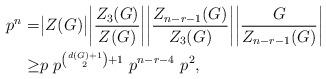
LaTeX: \begin{align*} p^n=&\big|Z(G)\big| \bigg|\frac{Z_3(G)}{Z(G)}\bigg| \bigg|\frac{Z_{n-r-1}(G)}{Z_3(G)}\bigg| \bigg|\frac{G}{Z_{n-r-1}(G)}\bigg|\\ \ge&p\ p^{{{d(G)+1}\choose{2}}+1}\ p^{n-r-4}\ p^2, \end{align*}